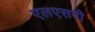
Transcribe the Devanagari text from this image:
एलएसपी